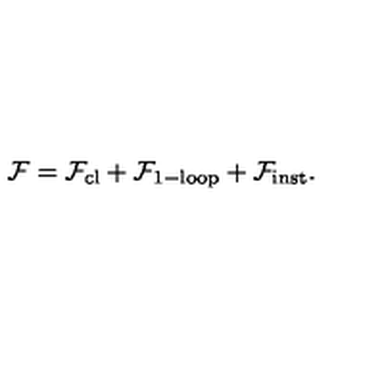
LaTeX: \mathcal { F } = { \mathcal { F } } _ { \mathrm { c l } } + { \mathcal { F } } _ { \mathrm { 1 - l o o p } } + { \mathcal { F } } _ { \mathrm { i n s t } } .